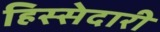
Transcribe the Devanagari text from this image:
हिस्‍सेदारी